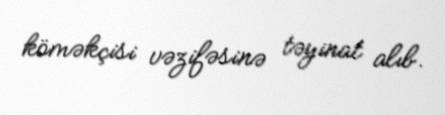
köməkçisi vəzifəsinə təyinat alıb.